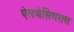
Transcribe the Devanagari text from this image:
ऐलजेसियरास